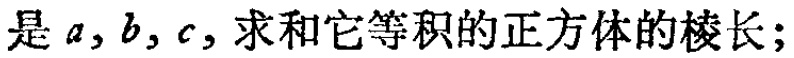
是 \(a,b,c\)，求和它等积的正方体的棱长；